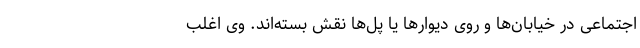
اجتماعی در خیابان‌ها و روی دیوارها یا پل‌ها نقش بسته‌اند. وی اغلب